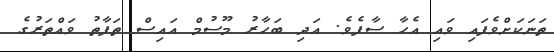
ތަނަކަށްވެފައި ވައި އެހާ ސާފެވެ. އަދި ބަހާރު މޫސުމް އައިސް ތަފާތު ވައްތަރުގެ